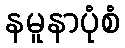
နမူနာပုံစံ